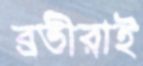
ব্রতীরাই